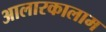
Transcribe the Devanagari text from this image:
आलारकालाम